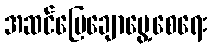
အဆင်ပြေချောမွေ့စေရေး